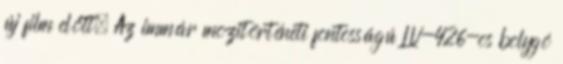
új film előtt. Az immár mozitörténeti fontosságú LV-426-os bolygó